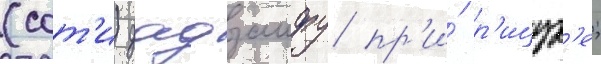
(сот'и) дадзаифу пр'и́ р'ицур'е;